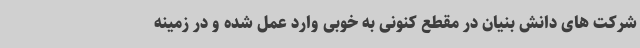
شرکت های دانش بنیان در مقطع کنونی به خوبی وارد عمل شده و در زمینه